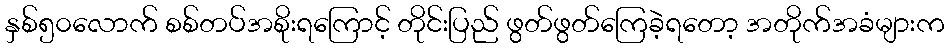
နှစ်၅၀လောက် စစ်တပ်အစိုးရကြောင့် တိုင်းပြည် ဖွတ်ဖွတ်ကြေခဲ့ရတော့ အတိုက်အခံများက